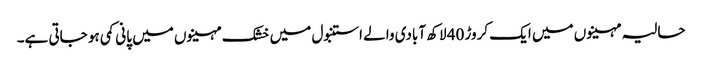
حالیہ مہینوں میں ایک کروڑ 40 لاکھ آبادی والے استنبول میں خشک مہینوں میں پانی کمی ہو جاتی ہے۔